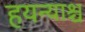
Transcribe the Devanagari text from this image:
हयन्याश्च